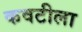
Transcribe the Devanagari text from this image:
कवटीला